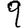
Digit: 9